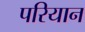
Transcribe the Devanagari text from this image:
परियान